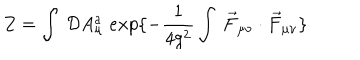
Z = \int \: { \cal D } A _ { \mu } ^ { a } \; e x p \{ - \frac { 1 } { 4 g ^ { 2 } } \int \: \vec { F } _ { \mu \nu } \cdot \vec { F } _ { \mu \nu } \}